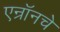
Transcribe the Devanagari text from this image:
एन्रॉनचे